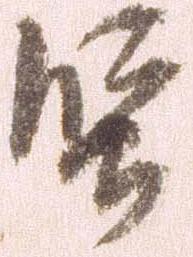
堅